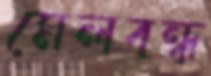
মেলবন্ধ